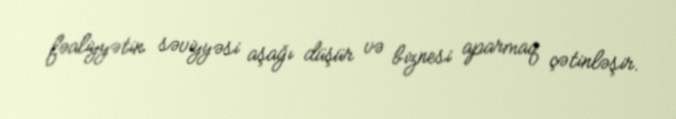
fəaliyyətin səviyyəsi aşağı düşür və biznesi aparmaq çətinləşir.